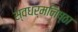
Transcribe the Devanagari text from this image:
स्वधर्मनिष्ठा